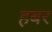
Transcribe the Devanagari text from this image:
हबर